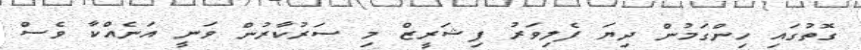
ގޮތުގައި ހިންގަމުން ދިޔަ ފެލިވަރު ފިޝަރީޒް މި ސަރުކާރުން ވަނީ އަނެއްކާ ވެސް